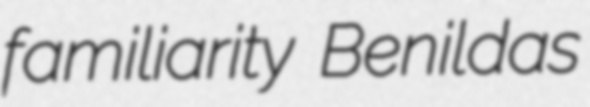
familiarity Benildas